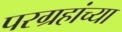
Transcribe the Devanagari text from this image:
परग्रहांच्या